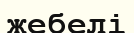
жебелі